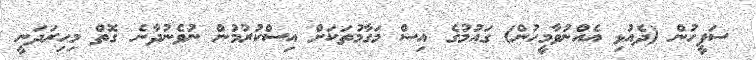
ސަފީހުން (ދެއުޅި އެއްނުވާމީހުން) ގައުމުގެ އިސް މަގާމުތަކަށް އިސްކުރުމުން ނުވެނުދާނެ ގޮތް މިހިރަދަނީ